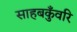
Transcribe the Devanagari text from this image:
साहबकुँवरि